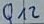
Text: Q12